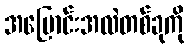
အပြောင်းအလဲတစ်ခုကို